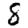
Digit: 8